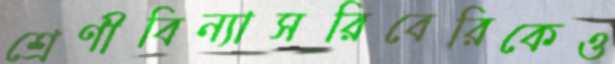
শ্রেণীবিন্যাসরিবেরিকেও